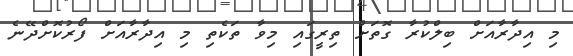
މި އިދާރާއަށް ބިލްކުރާ ގޮތަށް ތިރީގައި މިވާ ތަކެތި މި އިދާރާއަށް ފޯރުކޮށްދޭނެ